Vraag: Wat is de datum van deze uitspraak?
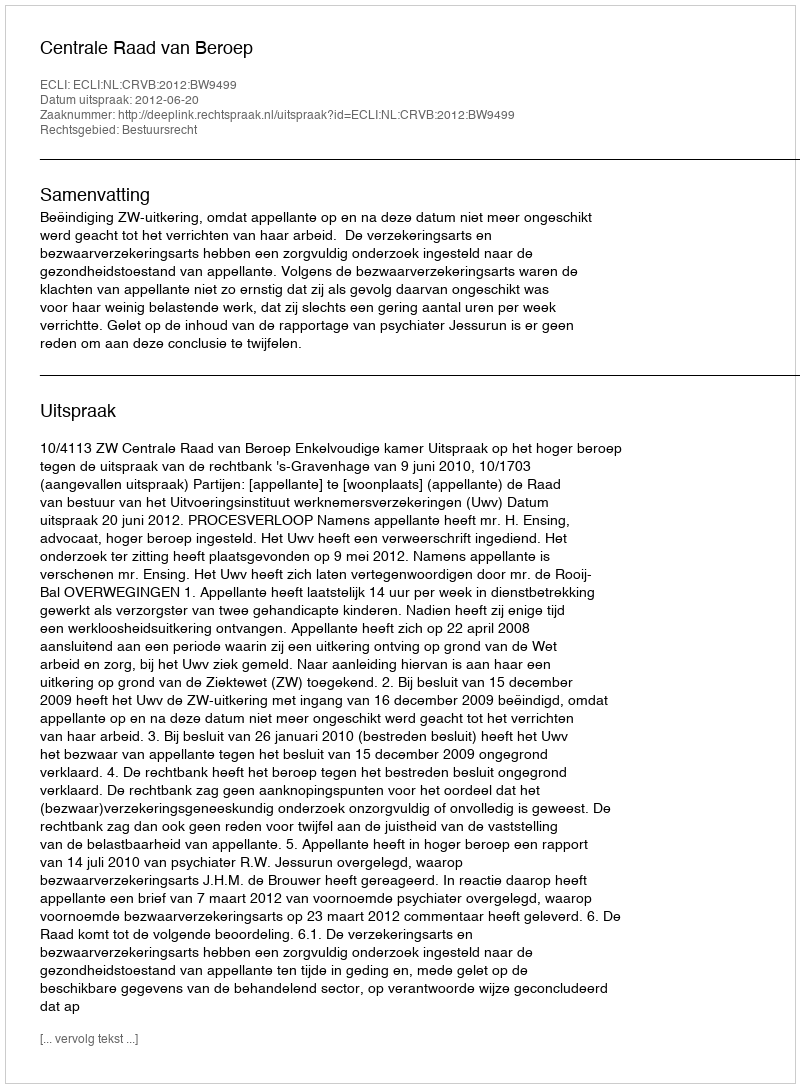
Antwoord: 2012-06-20